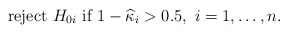
\begin{align*} \mbox{ reject } H_{0i} \mbox{ if } 1-\widehat{\kappa}_i > 0.5, \mbox{ $i=1,\dots,n$}. \end{align*}